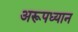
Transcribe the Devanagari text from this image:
अरूपध्यान